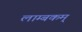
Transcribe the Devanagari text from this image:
लाम्बकम्